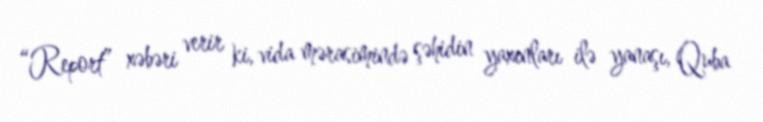
“Report” xəbəri verir ki, vida mərasimində şəhidin yaxınları ilə yanaşı, Quba